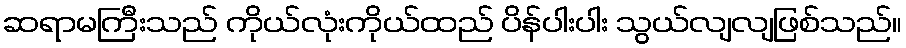
ဆရာမကြီးသည် ကိုယ်လုံးကိုယ်ထည် ပိန်ပါးပါး သွယ်လျလျဖြစ်သည်။